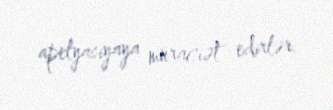
apelyasiyaya müraciət edirlər.